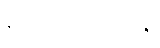
စကော့တလန်